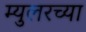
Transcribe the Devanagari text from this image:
म्युलरच्या